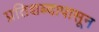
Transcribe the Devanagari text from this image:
प्रतिशब्दापासून